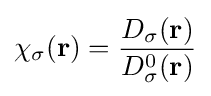
\chi _{\sigma }(\mathbf {r} )={\frac {D_{\sigma }(\mathbf {r} )}{D_{\sigma }^{0}(\mathbf {r} )}}